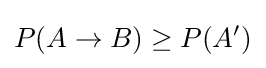
P(A\rightarrow B)\geq P(A')